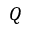
Q